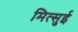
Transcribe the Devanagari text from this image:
मित्‍सुई